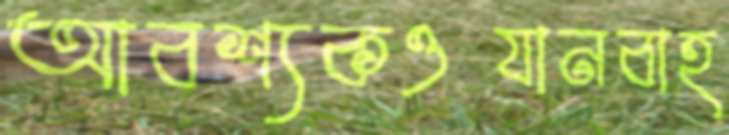
আবশ্যকওযানবাহ